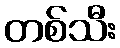
တစ်သီး